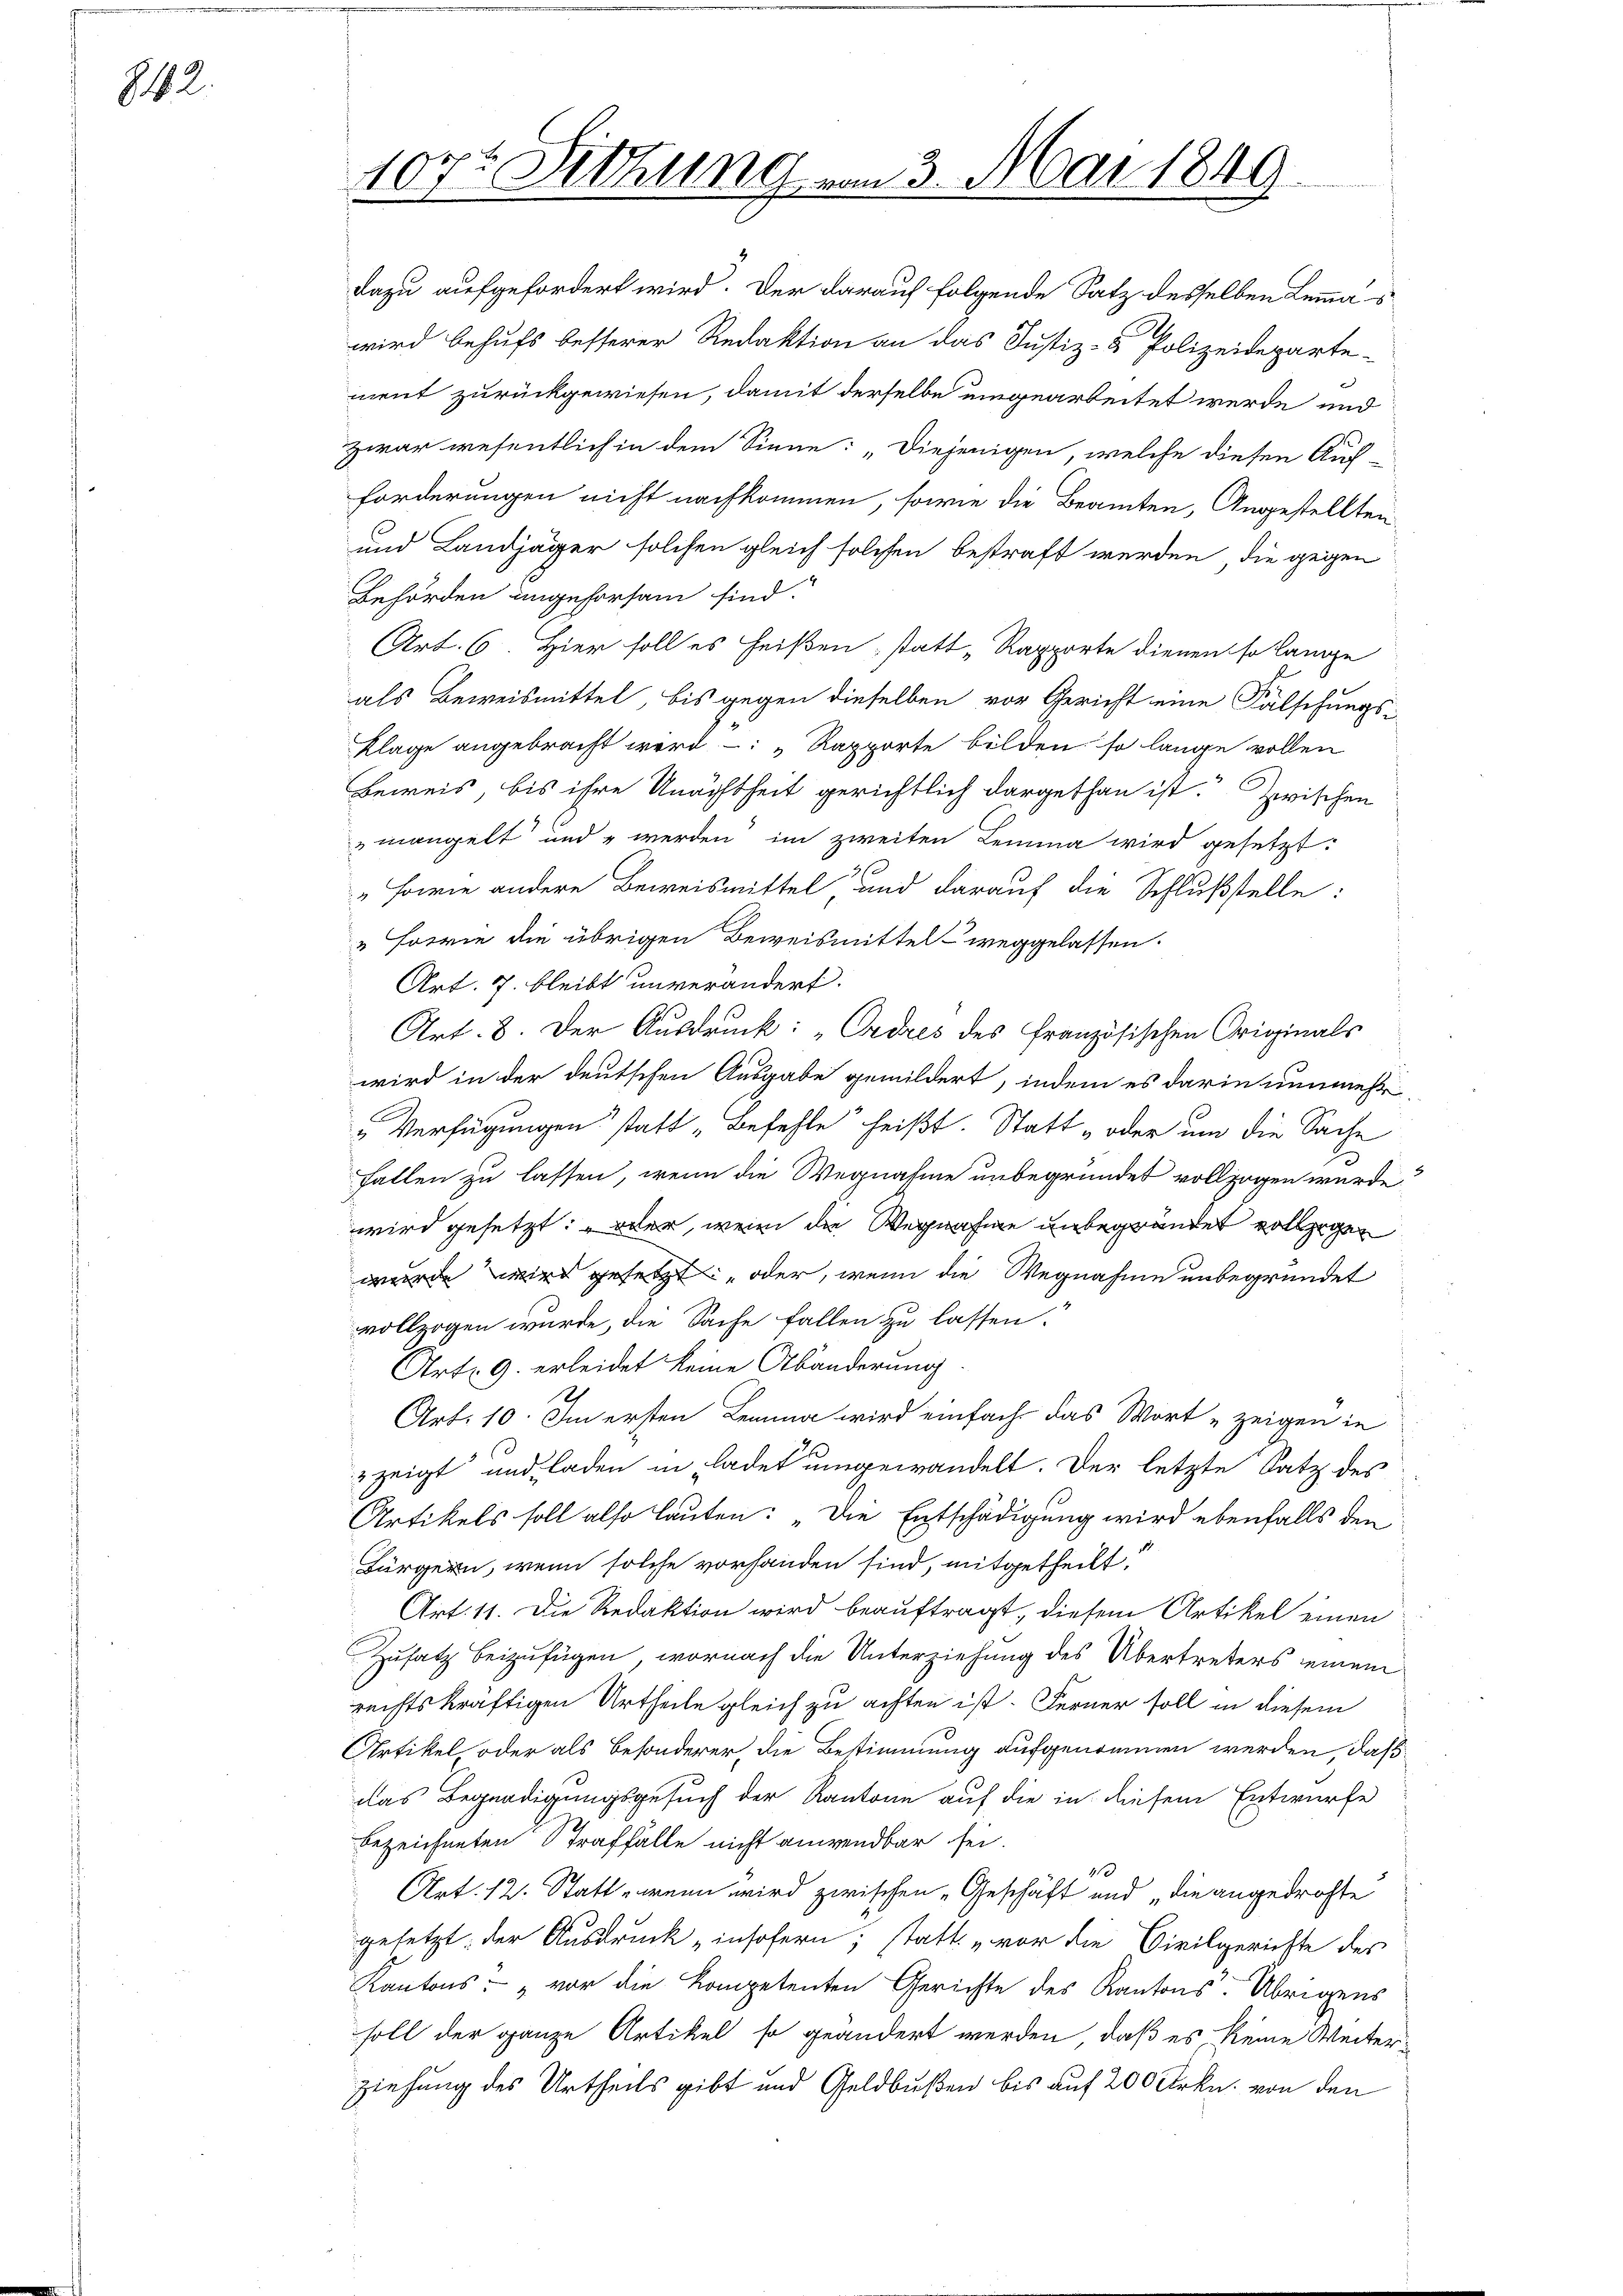
812.

dazu aufgefordert wird. Der darauf folgende Satz desselben Lemma s
wird behufs besserer Redaktion an das Justiz- & Polizeidepartement zurückgewiesen, damit derselbe umgearbeitet werde und
zwar wesentlich in dem Sinne: „Diejenigen, welche diesen Auf-
forderungen nicht nachkommen, sowie die Beamten, Angestellten
und Landjäger solchen gleich solchen bestraft werden, die gegen

107t Sitzung vom 3. Mai 1849.

Behörden angehorsam sind.
Art. 6. Hier soll es heißen, statt „Rapporte dienen so lange
als Beweismittel bis gegen dieselben vor Gericht eine Fälschungs¬
Klage angebracht wird : „Rapporte bilden so lange vollen
Beweis, bis ihre Unachtheit gerichtlich dargethan ist. Zwischen
mangelt und werden im zweiten Lemma wird gesetzt:
"sowie andere Beweismittel und darauf die Schlußstelle:
"Forie die übrigen Beweismittel weggelassen.
Art. 7. bleibt unverändert.
Art. 8. Der Ausdruck: „Ordres des französischen Originals
wird in der deutschen Ausgabe gemildert, indem es darin nunmehr
„Verfügungen statt „Befehle heißt. Statt „oder um die Sache
fallen zu lassen, wenn die Wegnahme unbegründet vollzogen würde,
wird gesetzt: oder, wenn die Wegnahme unbegründet vollzogen
wurde wird gesetzt oder, wenn die Wegnahme unbegründet
vollzogen wurde, die Sache fallen zu lassen.
Art. 9. erleidet keine Abänderung
Art. 10. Im ersten Lemma wird einfach das Wort zeigen in
uzeigt und laden in ladet umgewandelt. Der letzte Satz des
Artikels soll also lauten: „Die Entschädigung wird ebenfalls den
Bürgern, wenn solche vorhanden sind, mitgetheilt:
Art. 11. Die Redaktion wird beauftragt, diesem Artikel einen
Zusatz beizufügen, wornach die Unterziehung des Übertreters seinem
rechtskräftigen Urtheile gleich zu achten ist. Ferner soll in diesem
Artikel oder als besonderer, die Bestimmung aufgenommen werden, daß
das Begnadigungsgesuch der Kantone auf die in diesem Entwurfe
bezeichneten Straffalle nicht anwendbar sei.
1
Art. 12. Statt, wenn wird zwischen „Geschäft und „die angedrohte
gesetzt: der Ausdruck „insofern, statt „vor die Civilgerichte des
Kantons - vor die Kompetenten Gerichte des Kantons. Übrigens
soll der ganze Artikel so geändert werden, daß es keine Weiter-
ziehung des Urtheils gibt und Geldbußen bis auf 200 Frkn. von den